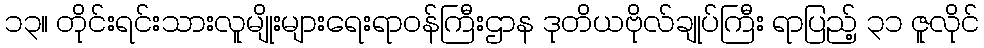
၁၃။ တိုင်းရင်းသားလူမျိုးများရေးရာဝန်ကြီးဌာန ဒုတိယဗိုလ်ချုပ်ကြီး ရာပြည့် ၃၁ ဇူလိုင်